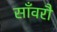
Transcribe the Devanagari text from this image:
साँवरौ